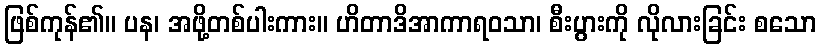
ဖြစ်ကုန်၏။ ပန၊ အဖို့တစ်ပါးကား။ ဟိတာဒိအာကာရဝသာ၊ စီးပွားကို လိုလားခြင်း စသော